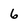
Character: 6